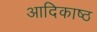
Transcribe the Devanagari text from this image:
आदिकाष्ठ